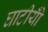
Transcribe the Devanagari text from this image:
घाटीयोँ